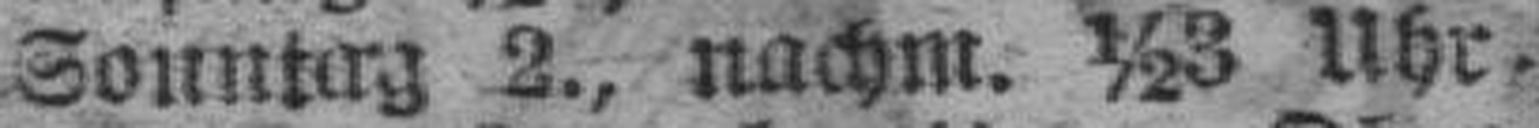
Sonntag 2., nachm. ½3 Uhr.